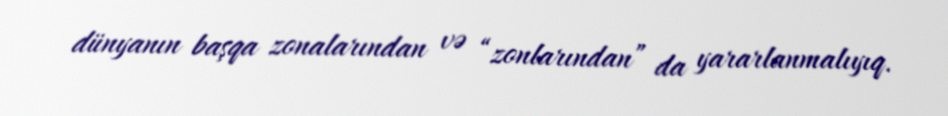
dünyanın başqa zonalarından və “zonlarından” da yararlanmalıyıq.